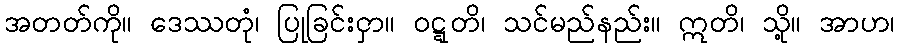
အတတ်ကို။ ဒေဿတုံ၊ ပြုခြင်းငှာ။ ဝဋ္ဋတိ၊ သင်မည်နည်း။ ဣတိ၊ သို့။ အာဟ၊